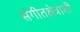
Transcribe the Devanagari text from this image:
संगीतक्षेत्राशी